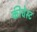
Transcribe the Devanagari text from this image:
कीचेस्ट